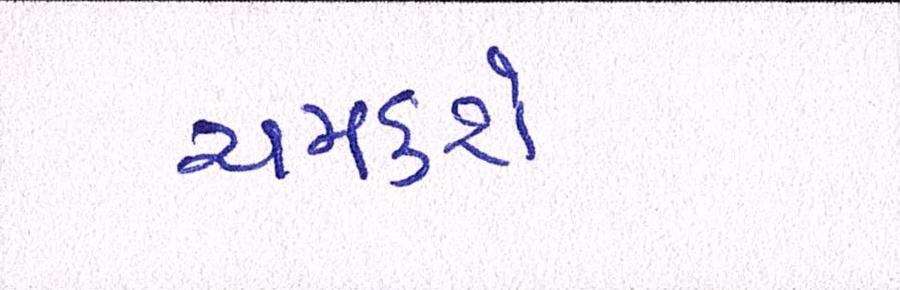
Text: ચમકશે